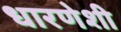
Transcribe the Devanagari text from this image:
धारणेशी